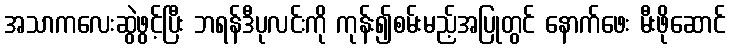
အသာကလေးဆွဲဖွင့်ပြီး ဘရန်ဒီပုလင်းကို ကုန်း၍စမ်းမည့်အပြုတွင် နောက်ဖေး မီးဖိုဆောင်